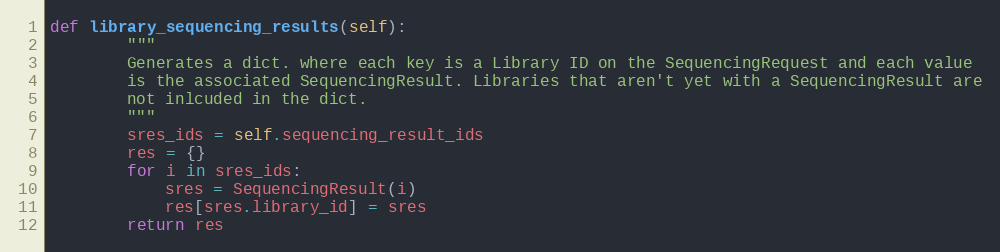
Language: Python
def library_sequencing_results(self):
        """
        Generates a dict. where each key is a Library ID on the SequencingRequest and each value
        is the associated SequencingResult. Libraries that aren't yet with a SequencingResult are
        not inlcuded in the dict.
        """
        sres_ids = self.sequencing_result_ids
        res = {}
        for i in sres_ids:
            sres = SequencingResult(i)
            res[sres.library_id] = sres
        return res